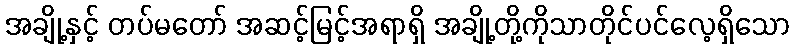
အချို့နှင့် တပ်မတော် အဆင့်မြင့်အရာရှိ အချို့တို့ကိုသာတိုင်ပင်လေ့ရှိသော